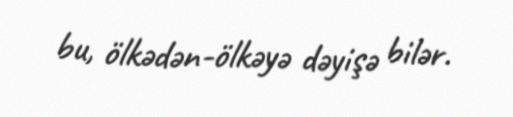
bu, ölkədən-ölkəyə dəyişə bilər.